255_413270_UFO's_and_Defense_What_Should_we_Prepare_For
Agency: NASA
Page 11
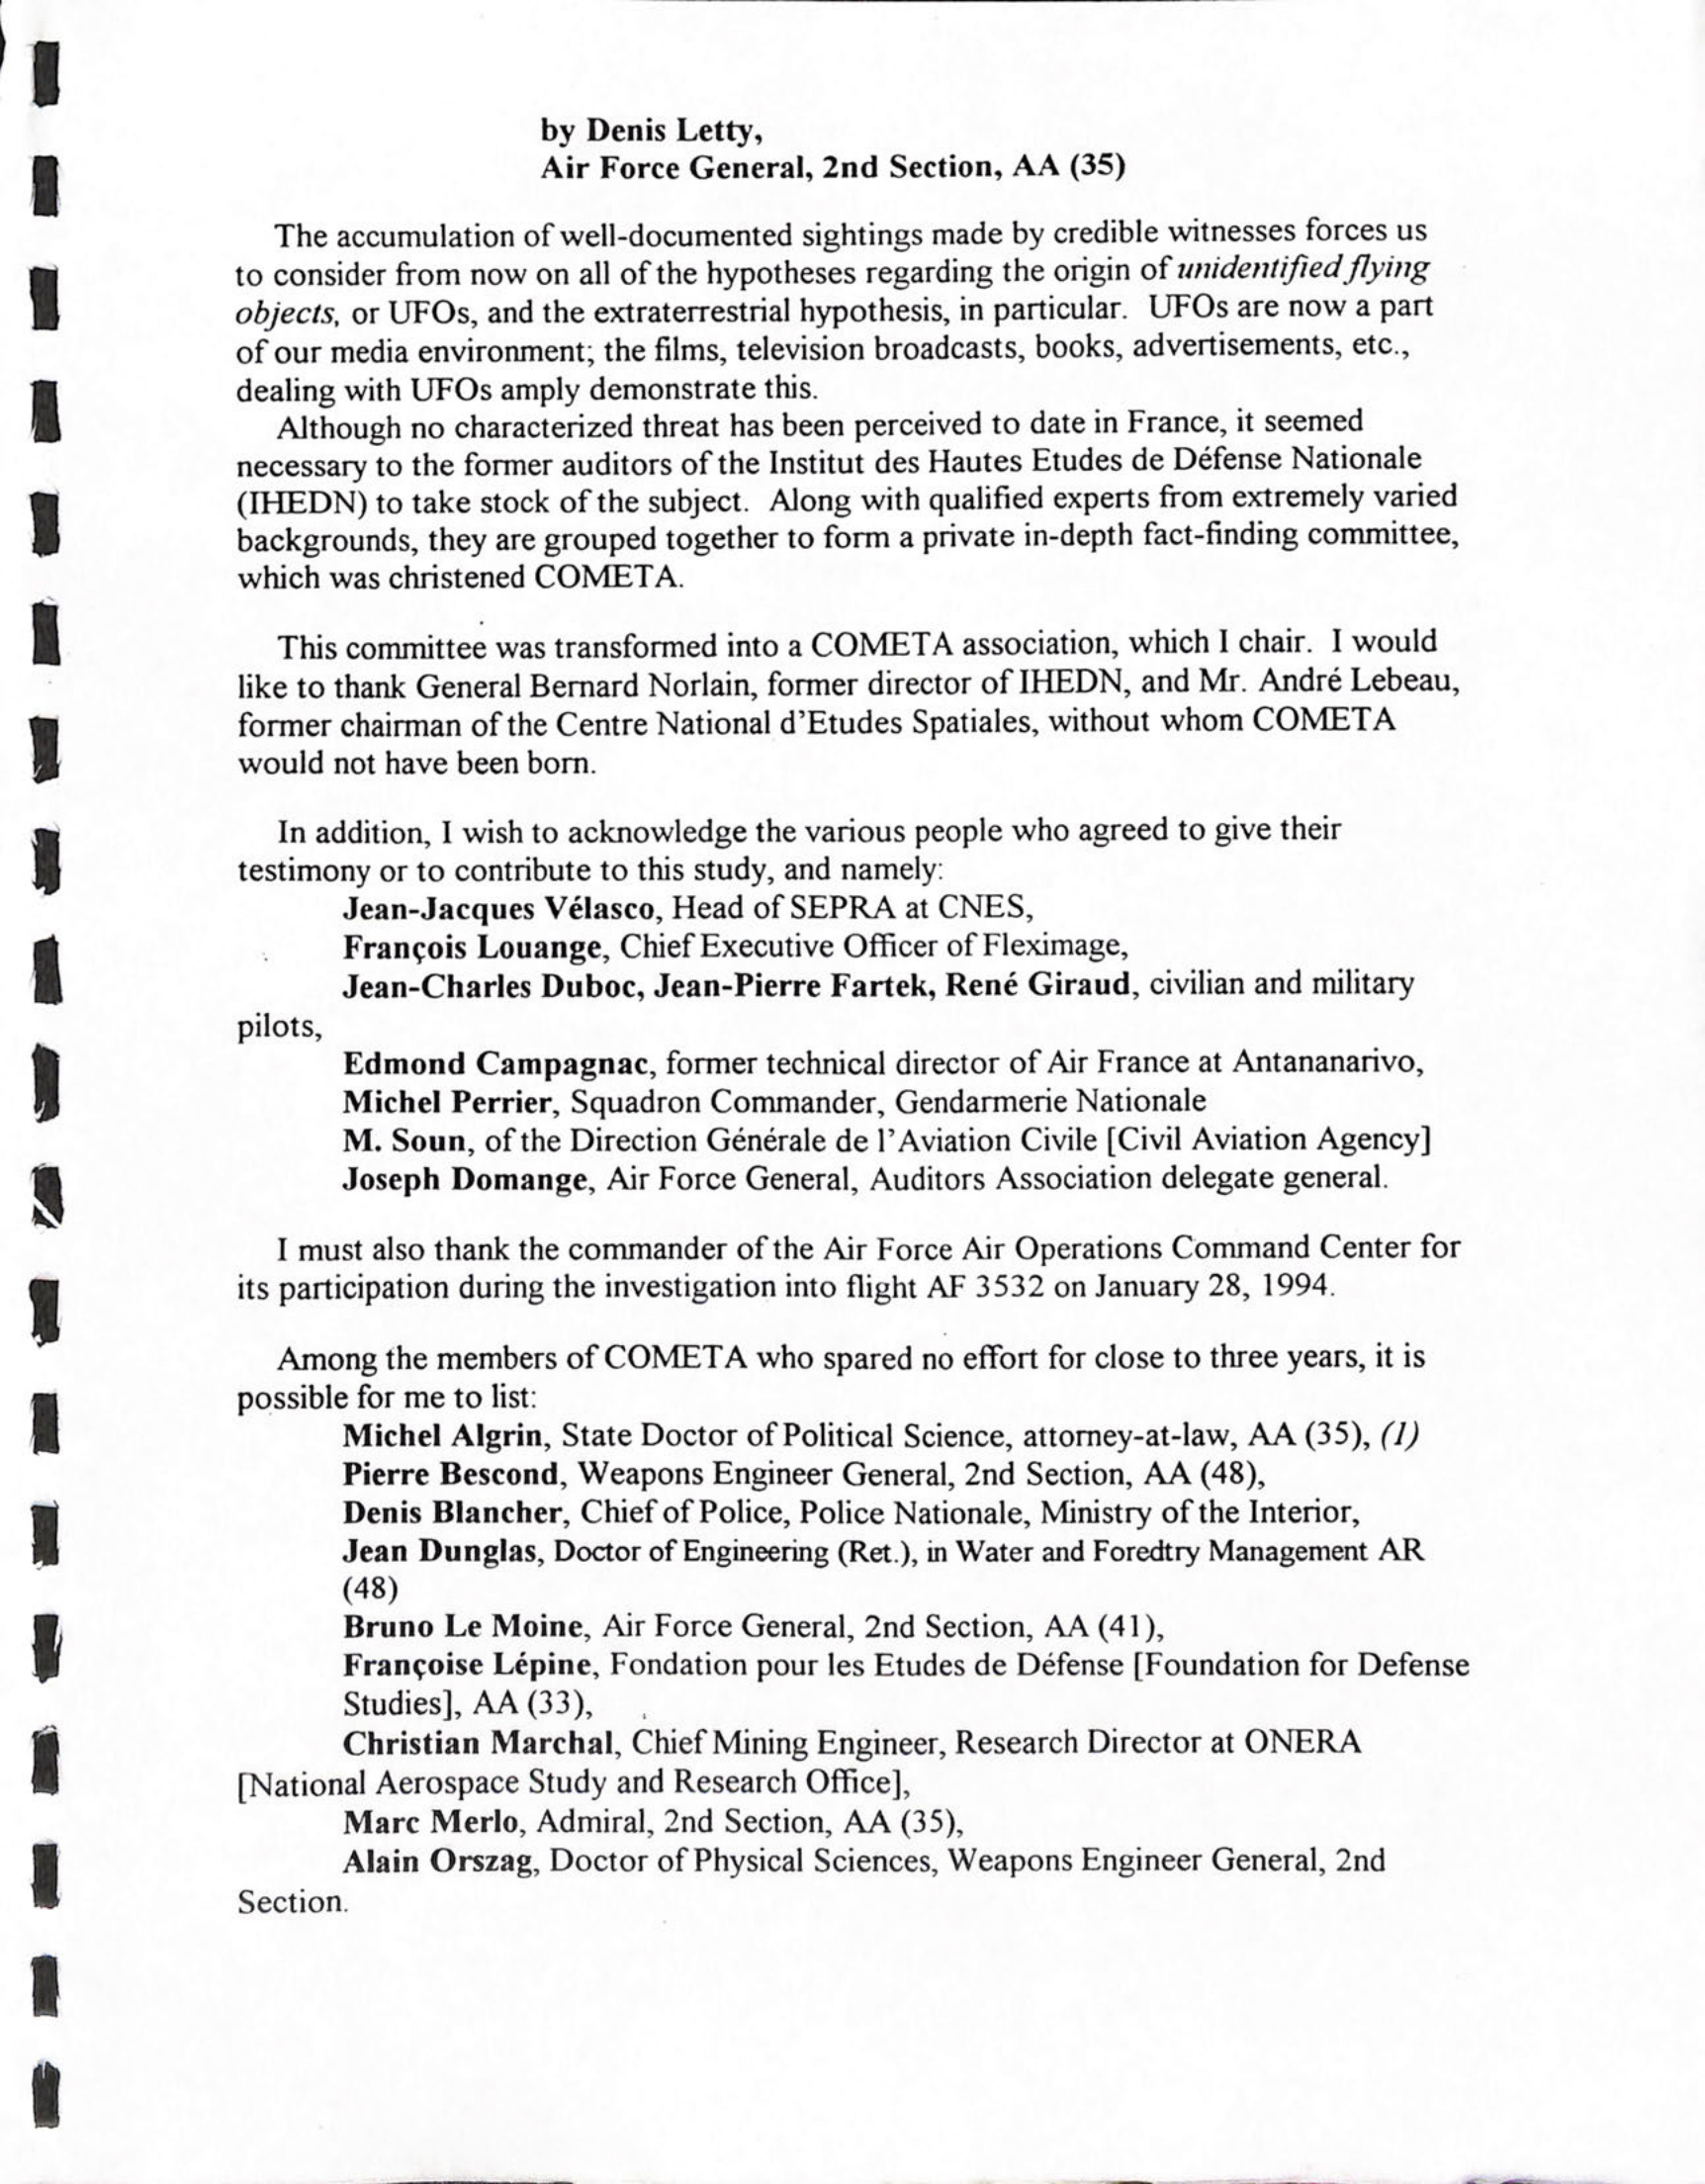